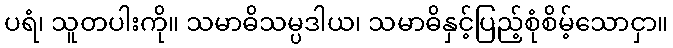
ပရံ၊ သူတပါးကို။ သမာဓိသမ္ပဒါယ၊ သမာဓိနှင့်ပြည့်စုံစိမ့်သောငှာ။